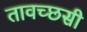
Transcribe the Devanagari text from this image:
तावच्छसी